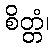
စိတ္တံ၊